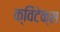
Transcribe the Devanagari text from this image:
क्विंटेक्स